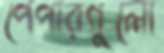
পেপারগুলো